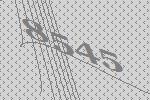
8545